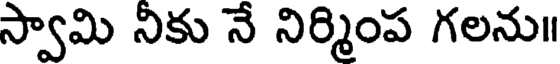
స్వామి నికు నే నిర్మింప గలను॥